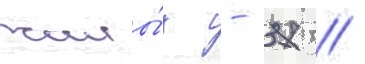
жилы́х - 37 //